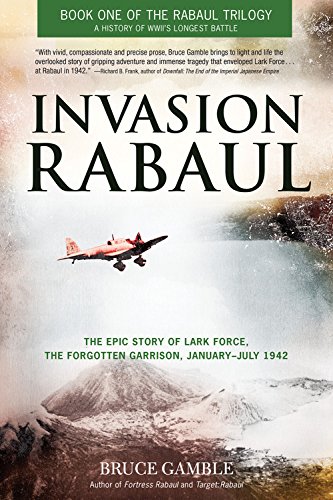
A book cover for Invasion Rabaul: The Epic Story of Lark Force, the Forgotten Garrison, January - July 1942 (Rabaul Trilogy); Bruce Gamble; History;